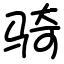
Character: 骑